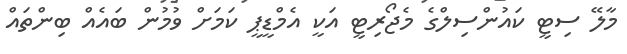
މާލޭ ސިޓީ ކައުންސިލްގެ މެޖޯރިޓީ އަކީ އެމްޑީޕީ ކަމަށް ވުމުން ބައެއް ބިންތައް